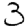
Digit: 3